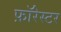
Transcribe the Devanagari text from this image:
फ़ॉरेस्टर